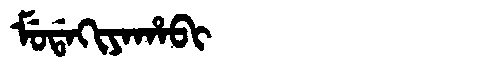
Manchu: ᠮᡠᡩᠠᡴᡳᠶᠠᡥᠠᠪᡳ
Romanization: MUDAKIYAHABI